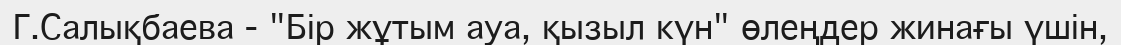
Г.Салықбаева - "Бір жұтым ауа, қызыл күн" өлеңдер жинағы үшін,